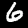
Label: 6